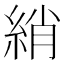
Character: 綃